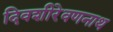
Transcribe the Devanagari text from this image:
दिवशीरेवणनाथ